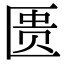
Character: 匮